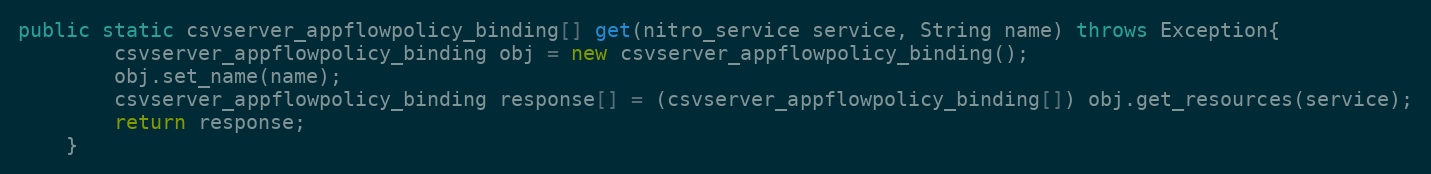
Language: Java
public static csvserver_appflowpolicy_binding[] get(nitro_service service, String name) throws Exception{
		csvserver_appflowpolicy_binding obj = new csvserver_appflowpolicy_binding();
		obj.set_name(name);
		csvserver_appflowpolicy_binding response[] = (csvserver_appflowpolicy_binding[]) obj.get_resources(service);
		return response;
	}